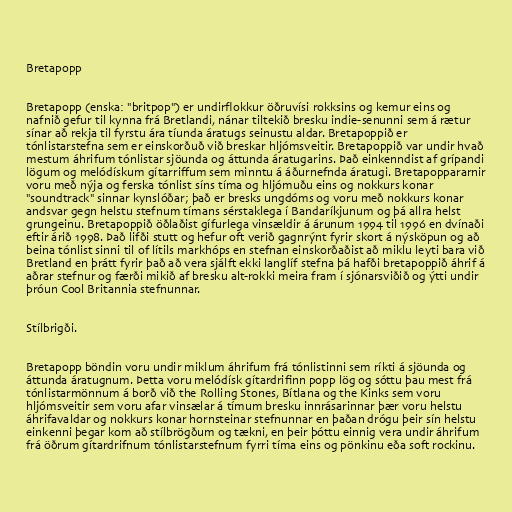
Bretapopp

Bretapopp (enska: "britpop") er undirflokkur öðruvísi rokksins og kemur eins og
nafnið gefur til kynna frá Bretlandi, nánar tiltekið bresku indie-senunni sem á rætur
sínar að rekja til fyrstu ára tíunda áratugs seinustu aldar. Bretapoppið er
tónlistarstefna sem er einskorðuð við breskar hljómsveitir. Bretapoppið var undir hvað
mestum áhrifum tónlistar sjöunda og áttunda áratugarins. Það einkenndist af grípandi
lögum og melódískum gítarriffum sem minntu á áðurnefnda áratugi. Bretapoppararnir
voru með nýja og ferska tónlist síns tíma og hljómuðu eins og nokkurs konar
"soundtrack" sinnar kynslóðar; það er bresks ungdóms og voru með nokkurs konar
andsvar gegn helstu stefnum tímans sérstaklega í Bandaríkjunum og þá allra helst
grungeinu. Bretapoppið öðlaðist gífurlega vinsældir á árunum 1994 til 1996 en dvínaði
eftir árið 1998. Það lifði stutt og hefur oft verið gagnrýnt fyrir skort á nýsköpun og að
beina tónlist sinni til of lítils markhóps en stefnan einskorðaðist að miklu leyti bara við
Bretland en þrátt fyrir það að vera sjálft ekki langlíf stefna þá hafði bretapoppið áhrif á
aðrar stefnur og færði mikið af bresku alt-rokki meira fram í sjónarsviðið og ýtti undir
þróun Cool Britannia stefnunnar.

Stílbrigði.

Bretapopp böndin voru undir miklum áhrifum frá tónlistinni sem ríkti á sjöunda og
áttunda áratugnum. Þetta voru melódísk gítardrifinn popp lög og sóttu þau mest frá
tónlistarmönnum á borð við the Rolling Stones, Bítlana og the Kinks sem voru
hljómsveitir sem voru afar vinsælar á tímum bresku innrásarinnar þær voru helstu
áhrifavaldar og nokkurs konar hornsteinar stefnunnar en þaðan drógu þeir sín helstu
einkenni þegar kom að stílbrögðum og tækni, en þeir þóttu einnig vera undir áhrifum
frá öðrum gítardrifnum tónlistarstefnum fyrri tíma eins og pönkinu eða soft rockinu.